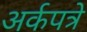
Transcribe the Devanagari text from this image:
अर्कपत्रे